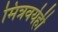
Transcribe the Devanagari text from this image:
मित्रवर्यही